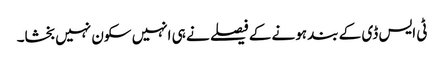
ٹی ایس ڈی کے بند ہونے کے فیصلے نے ہی انہیں سکون نہیں بخشا۔